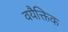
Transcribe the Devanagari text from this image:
वयैक्तिक